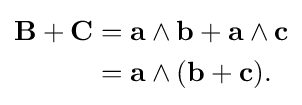
{\begin{aligned}\mathbf {B} +\mathbf {C} &=\mathbf {a} \wedge \mathbf {b} +\mathbf {a} \wedge \mathbf {c} \\&=\mathbf {a} \wedge (\mathbf {b} +\mathbf {c} ).\end{aligned}}